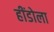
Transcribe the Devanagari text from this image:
हींडोला